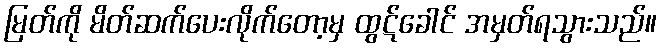
မြတ်ကို မိတ်ဆက်ပေးလိုက်တော့မှ ထွဋ်ခေါင် အမှတ်ရသွားသည်။